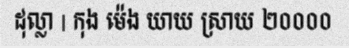
ដុល្លា | កុង ម៉េង យាយ ស្រាយ ២០០០០